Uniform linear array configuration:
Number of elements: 48
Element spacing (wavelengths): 1
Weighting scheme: hann
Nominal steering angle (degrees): -60
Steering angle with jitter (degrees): -59.135
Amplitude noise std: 0.05
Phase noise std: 0.05

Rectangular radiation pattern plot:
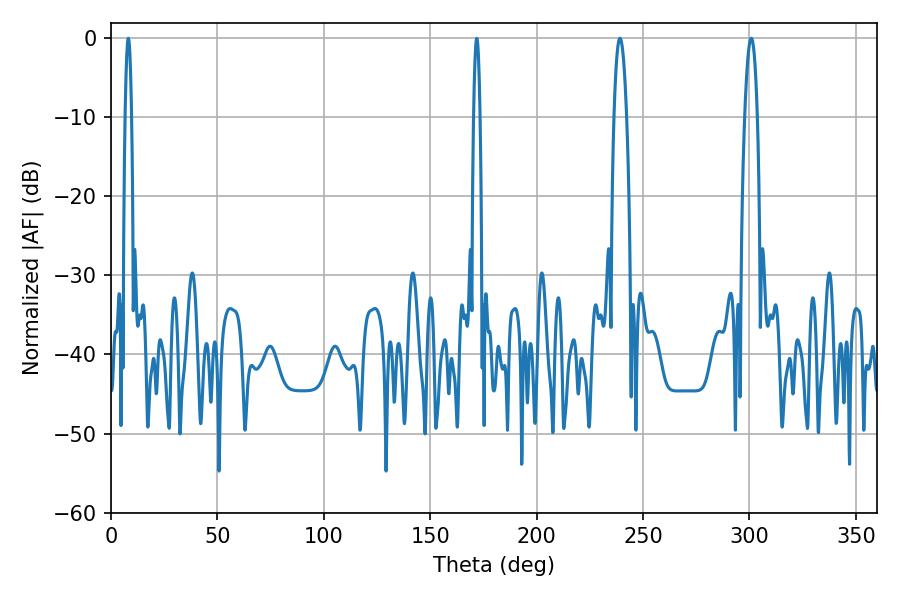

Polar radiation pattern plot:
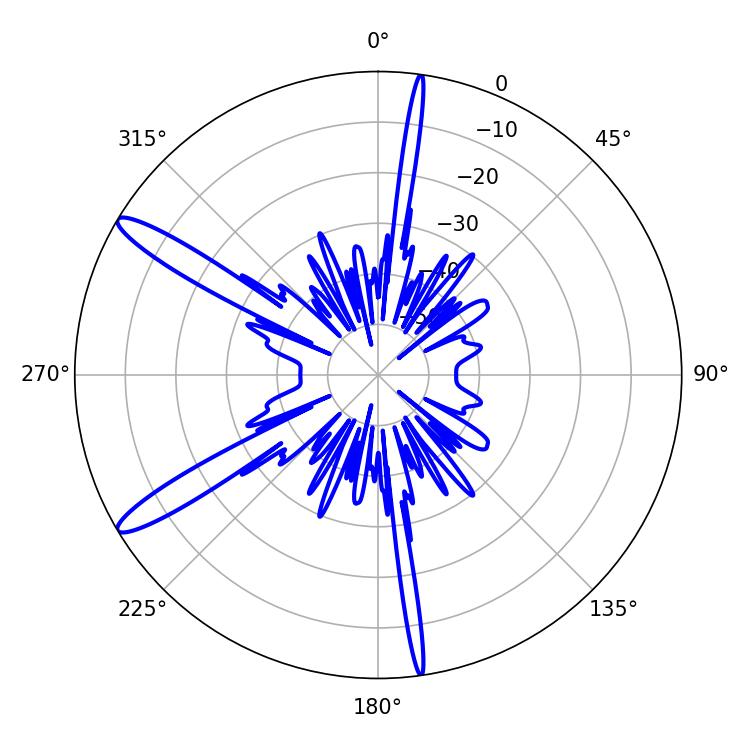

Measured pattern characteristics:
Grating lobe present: TRUE
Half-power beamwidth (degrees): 1.62
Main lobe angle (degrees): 8.1